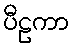
ပီဠကာ